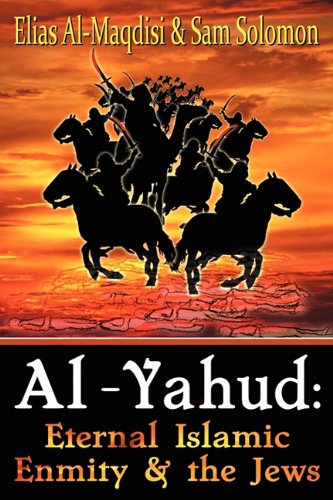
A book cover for Al-Yahud: Eternal Islamic Enmity and the Jews; Elias Al-Maqdisi; Religion & Spirituality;